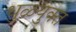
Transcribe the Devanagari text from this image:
धुळयुक्त